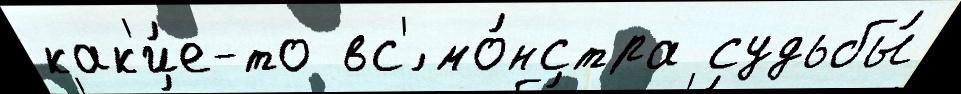
как'и́е-то вс'́ мо́нстра судьбы́